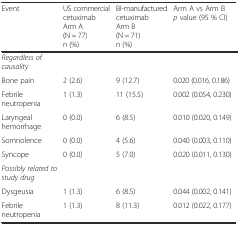
<table><thead><tr><td><b>Event</b></td><td><b>US commercial cetuximabArm A(N = 77)n (%)</b></td><td><b>BI-manufactured cetuximabArm B(N = 71)n (%)</b></td><td><b>Arm A vs Arm B<i>p</i> value (95 % CI)</b></td></tr></thead><tbody><tr><td><i>Regardless of causality</i></td><td></td><td></td><td></td></tr><tr><td>Bone pain</td><td>2 (2.6)</td><td>9 (12.7)</td><td>0.020 (0.016, 0.186)</td></tr><tr><td>Febrile neutropenia</td><td>1 (1.3)</td><td>11 (15.5)</td><td>0.002 (0.054, 0.230)</td></tr><tr><td>Laryngeal hemorrhage</td><td>0 (0.0)</td><td>6 (8.5)</td><td>0.010 (0.020, 0.149)</td></tr><tr><td>Somnolence</td><td>0 (0.0)</td><td>4 (5.6)</td><td>0.040 (0.003, 0.110)</td></tr><tr><td>Syncope</td><td>0 (0.0)</td><td>5 (7.0)</td><td>0.020 (0.011, 0.130)</td></tr><tr><td><i>Possibly related to study drug</i></td><td></td><td></td><td></td></tr><tr><td>Dysgeusia</td><td>1 (1.3)</td><td>6 (8.5)</td><td>0.044 (0.002, 0.141)</td></tr><tr><td>Febrile neutropenia</td><td>1 (1.3)</td><td>8 (11.3)</td><td>0.012 (0.022, 0.177)</td></tr></tbody></table>